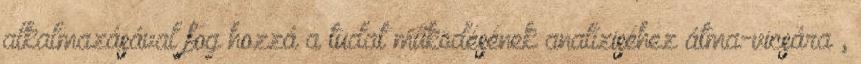
alkalmazásával fog hozzá a tudat működésének analíziséhez átma-vicsára ,